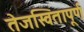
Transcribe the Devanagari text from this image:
तेजस्वितापूर्ण